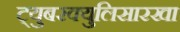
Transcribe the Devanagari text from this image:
ट्युबरक्युलिसारखा